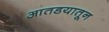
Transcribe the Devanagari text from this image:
आतडयातून